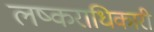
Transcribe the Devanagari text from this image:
लष्कराधिकारी